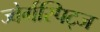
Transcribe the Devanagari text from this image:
ज्वेर्गस्पिट्ज